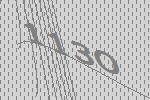
1130